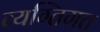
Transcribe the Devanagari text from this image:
व्यग्तिगत